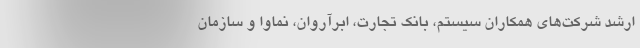
ارشد شرکت‌های همکاران سیستم، بانک تجارت، ابرآروان، نماوا و سازمان